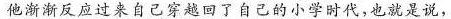
他渐渐反应过来自己穿越回了自己的小学时代，也就是说，